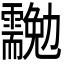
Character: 𠣉